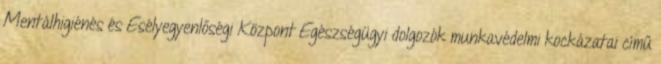
Mentálhigiénés és Esélyegyenlőségi Központ Egészségügyi dolgozók munkavédelmi kockázatai című